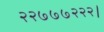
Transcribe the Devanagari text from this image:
२२७७७२२२।